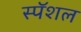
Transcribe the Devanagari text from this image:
स्पॅशल